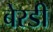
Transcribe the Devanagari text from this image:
बेरडी